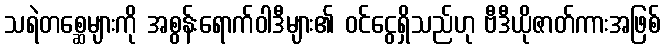
သရဲတစ္ဆေများကို အစွန်းရောက်ဝါဒီများ၏ ဝင်ငွေရှိသည်ဟု ဗီဒီယိုဇာတ်ကားအဖြစ်